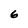
Character: 6